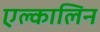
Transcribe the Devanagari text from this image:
एल्कालिन